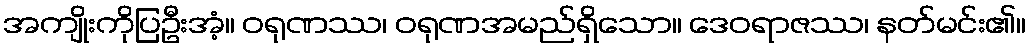
အကျိုးကိုပြဦးအံ့။ ဝရုဏဿ၊ ဝရုဏအမည်ရှိသော။ ဒေဝရာဇဿ၊ နတ်မင်း၏။